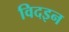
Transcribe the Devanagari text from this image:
विदइन